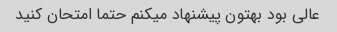
عالی بود بهتون پیشنهاد میکنم حتما امتحان کنید